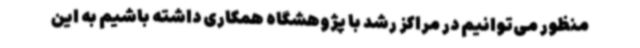
منظور می‌توانیم در مراکز رشد با پژوهشگاه همکاری داشته باشیم به این